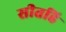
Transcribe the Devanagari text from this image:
सीतहि